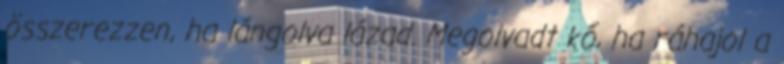
összerezzen, ha lángolva lázad. Megolvadt kő, ha ráhajol a